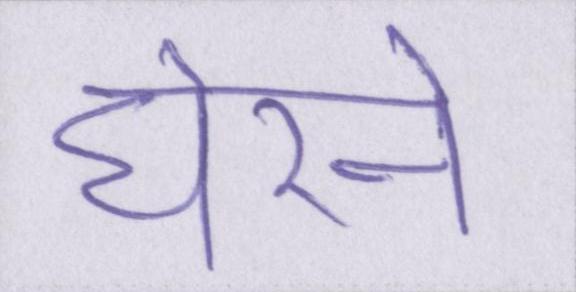
घेरने